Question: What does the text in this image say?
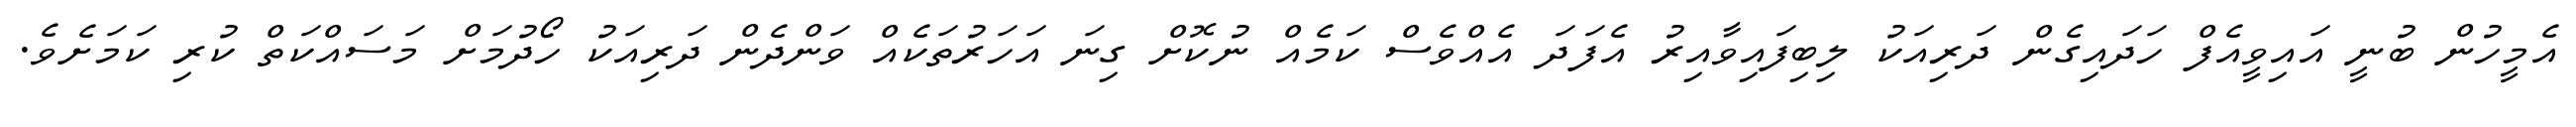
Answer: އެމީހުން ބުނީ އައިވީއެފް ހަދައިގެން ދަރިއަކު ލިބިފައިވާއިރު އެފަދަ އެއްވެސް ކަމެއް ނުކޮށް ގިނަ އަހަރުތަކެއް ވަންދެން ދަރިއަކު ހޯދުމަށް މަސައްކަތް ކުރި ކަމަށެވެ.